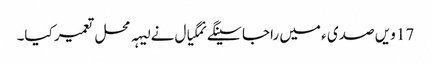
17 ویں صدی ء میں راجا سینگے نمگیال نے لیہہ محل تعمیر کیا۔